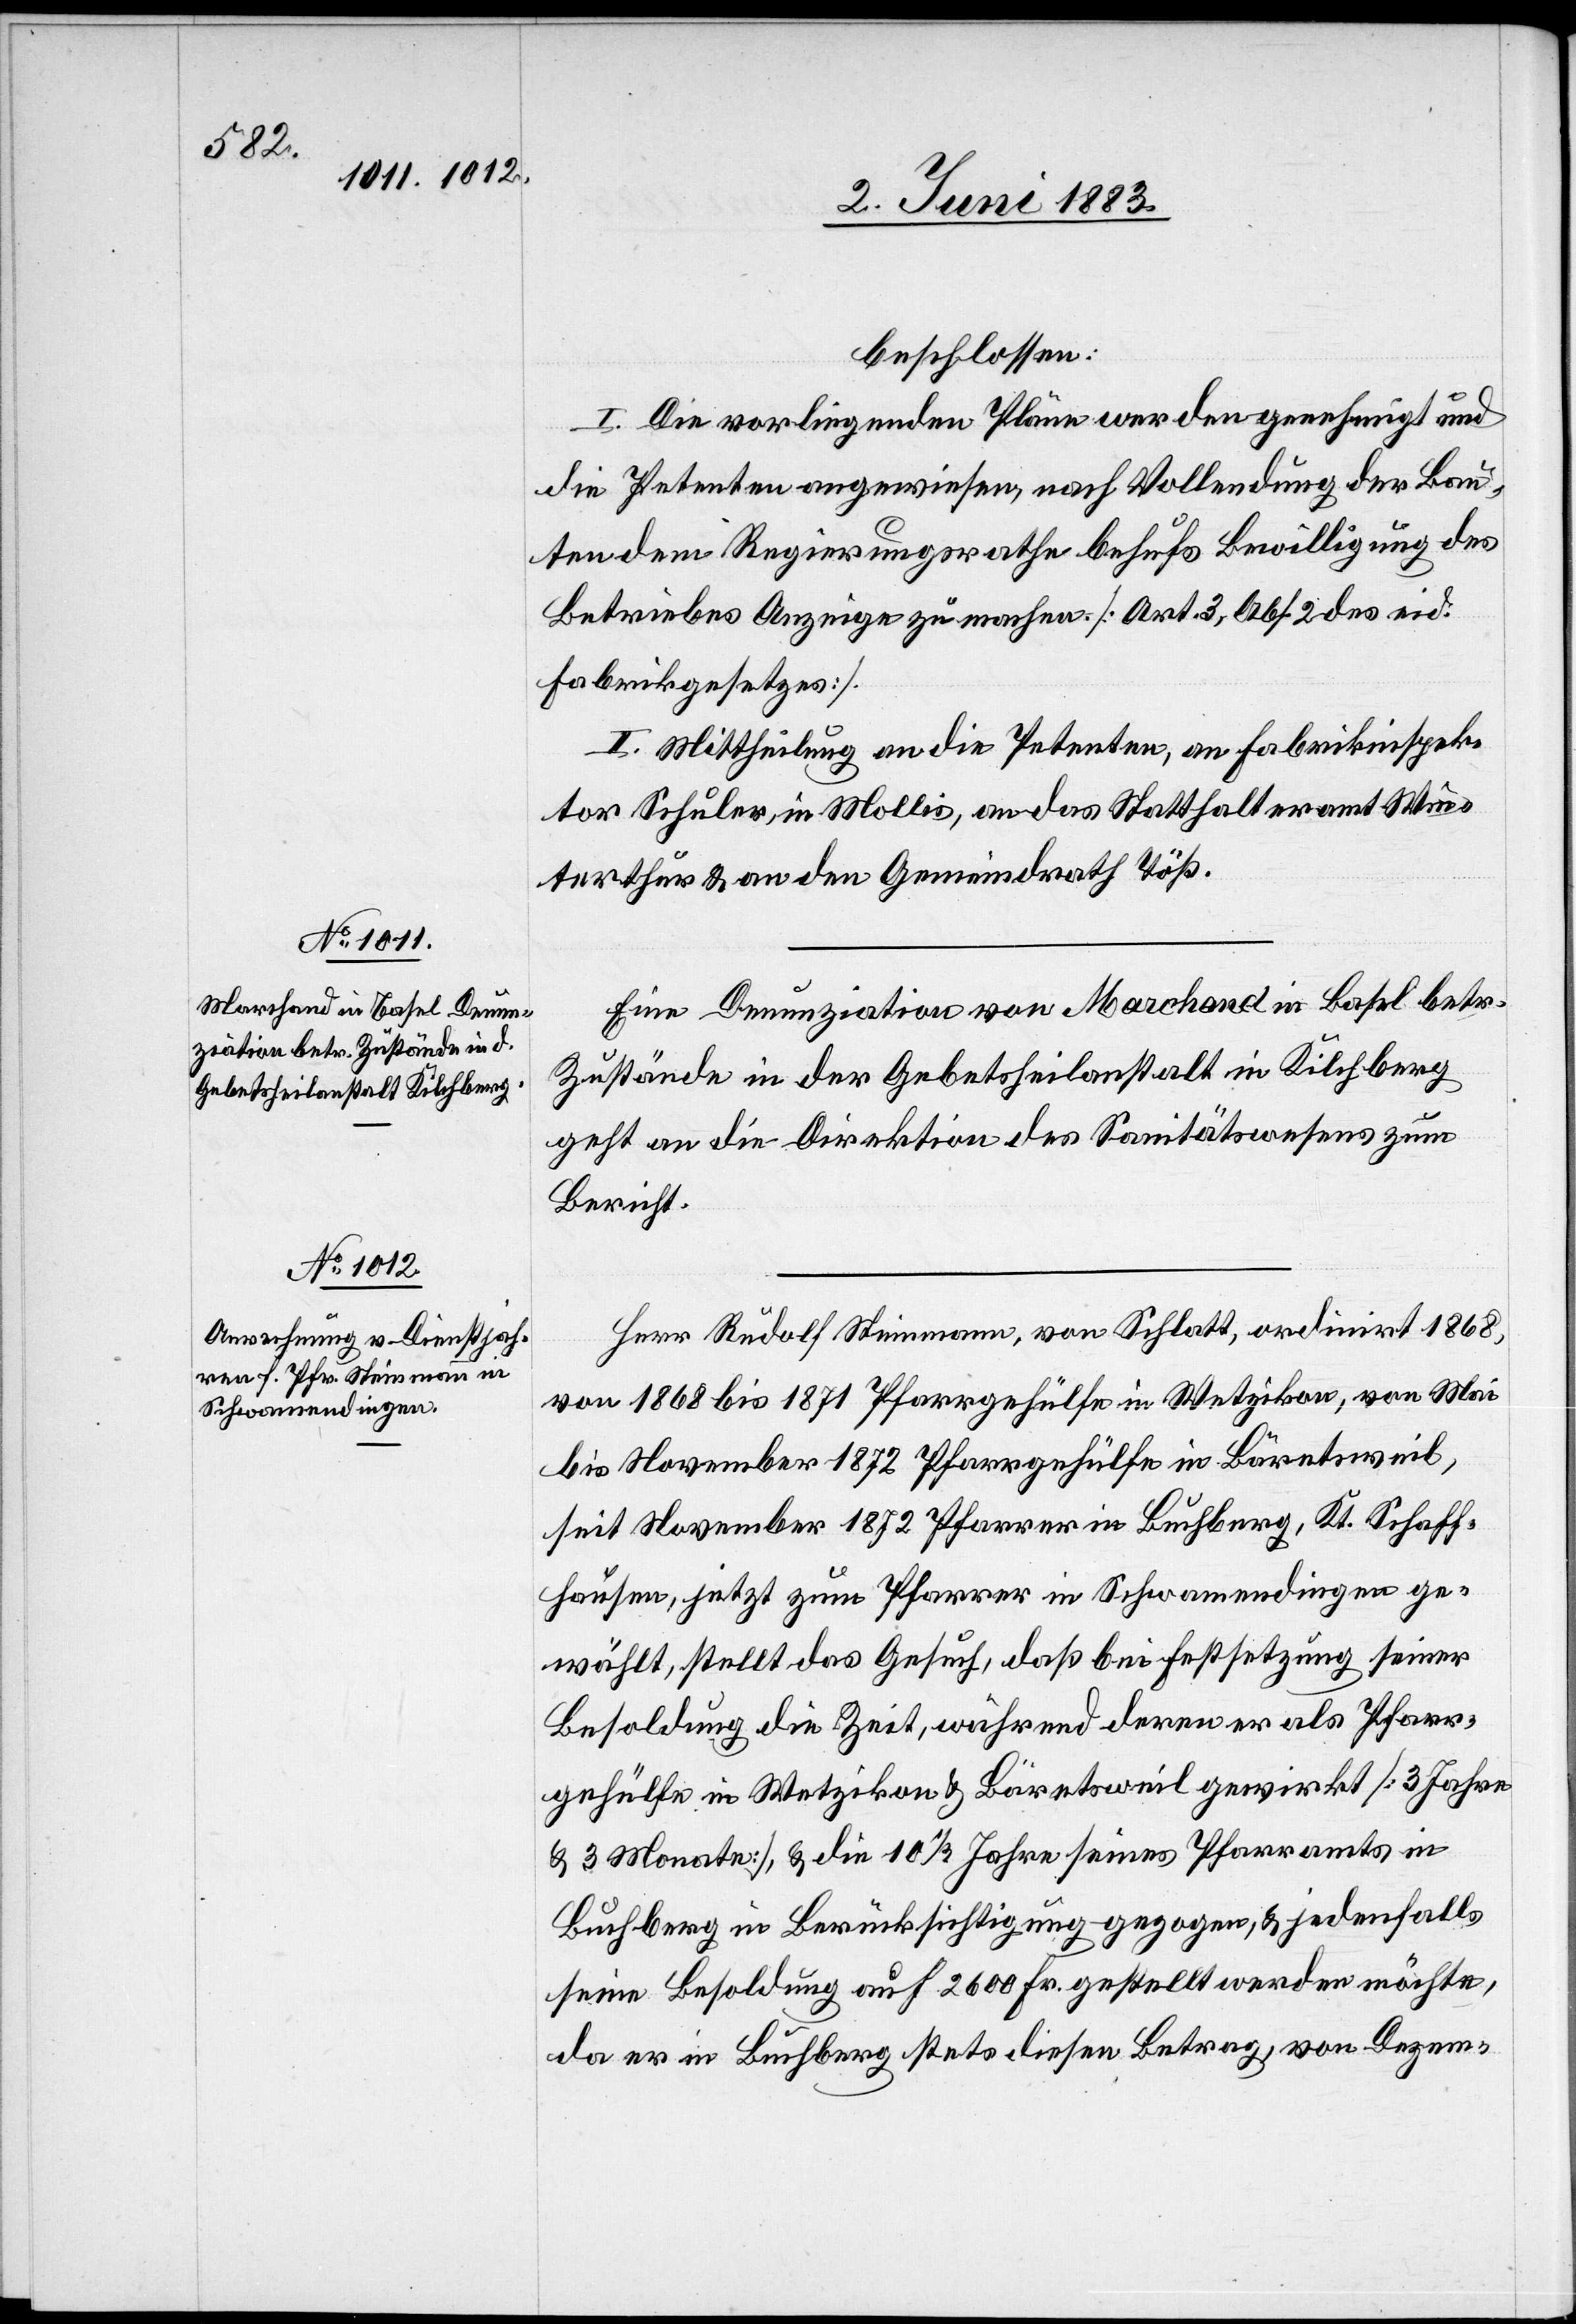
beschlossen:
I. Die vorliegenden Pläne werden genehmigt und
die Petenten angewiesen, nach Vollendung der Bau¬
ten dem Regierungsrathe behufs Bewilligung des
Betriebes Anzeige zu machen [Art. 3, Abs. 2 des eid.
Fabrikgesetzes].
II. Mittheilung an die Petenten, an Fabrikinspek¬
tor Schuler, in Mollis, an das Statthalteramt Win¬
terthur & an den Gemeindrath Töß.
Eine Denunziation von Marchand in Basel betr.
Zustände in der Gebetsheilanstalt in Kilchberg
geht an die Direktion des Sanitätswesens zum
Bericht.
Herr Rudolf Steinmann, von Schlatt, ordinirt 1868,
von 1868 bis 1871 Pfarrgehülfe in Wetzikon, von Mai
bis November 1872 Pfarrgehülfe in Bäretsweil,
seit November 1872 Pfarrer in Buchberg, Kt. Schaff¬
hausen, jetzt zum Pfarrer in Schwamendingen ge¬
wählt, stellt das Gesuch, daß bei Festsetzung seiner
Besoldung die Zeit, während deren er als Pfarr¬
gehülfe in Wetzikon & Bäretsweil gewirkt [3 Jahre
& 3 Monate], die 10 1/2 Jahre seines Pfarramts in
Buchberg in Berücksichtigung gezogen, & jedenfalls
seine Besoldung auf 2600 Fr. gestellt werden möchte,
da er in Buchberg stets diesen Betrag, von Dezem-